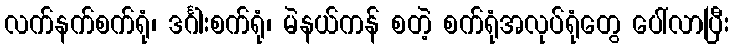
လက်နက်စက်ရုံ၊ ဒင်္ဂါးစက်ရုံ၊ မဲနယ်ကန် စတဲ့ စက်ရုံအလုပ်ရုံတွေ ပေါ်လာပြီး